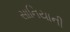
સાનિયાની